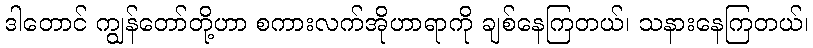
ဒါတောင် ကျွန်တော်တို့ဟာ စကားလက်အိုဟာရာကို ချစ်နေကြတယ်၊ သနားနေကြတယ်၊